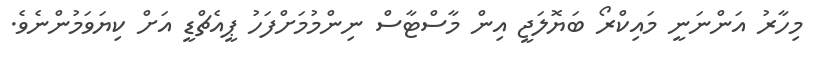
މިހާރު އަންނަނީ މައިކްރޯ ބަޔޮލަޖީ އިން މާސްޓާސް ނިންމުމަށްފަހު ޕީއެޗްޑީ އަށް ކިޔަވަމުންނެވެ.